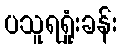
ပသူရရှုံးခန်း